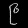
Digit: ၉